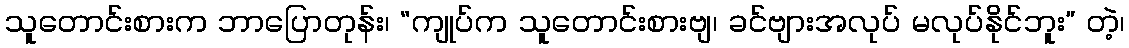
သူတောင်းစားက ဘာပြောတုန်း၊ “ကျုပ်က သူတောင်းစားဗျ၊ ခင်ဗျားအလုပ် မလုပ်နိုင်ဘူး” တဲ့၊